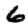
Digit: 6